Vaccination in Bombay 1902-1912 - 1902-1912
Year: 1902
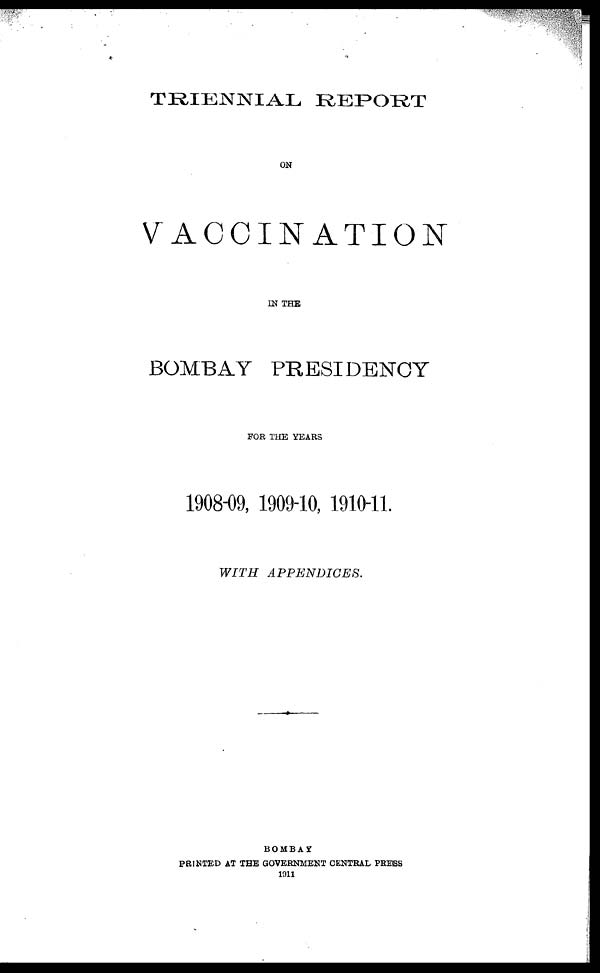
TRIENNIAL REPORT
ON
VACCINATION
IN THE
BOMBAY PRESIDENCY
FOR THE YEARS
1908-09, 1909-10 1910-11.
WITH
APPENDICES.
BOMBAY
PRINTED AT THE GOVERNMENT CENTRAL PRESS
1911